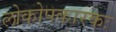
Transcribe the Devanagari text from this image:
लोकोपकारकः